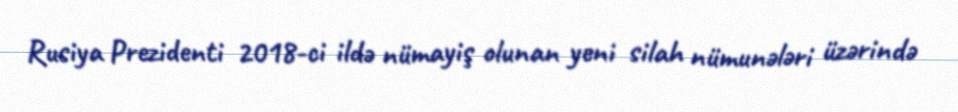
Rusiya Prezidenti 2018-ci ildə nümayiş olunan yeni silah nümunələri üzərində